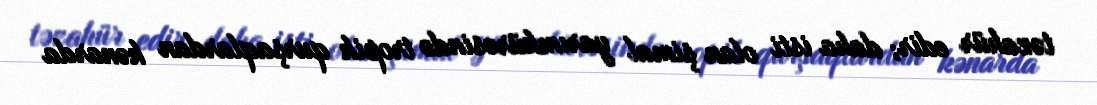
təzahür edir; daha isti olan şimal yarımkürəsində tropik qurşaqlardan kənarda